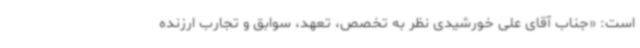
است: «جناب آقای علی خورشیدی نظر به تخصص، تعهد، سوابق و تجارب ارزنده